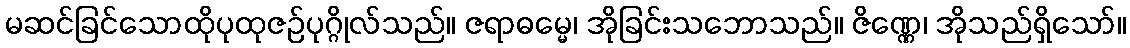
မဆင်ခြင်သောထိုပုထုဇဉ်ပုဂ္ဂိုလ်သည်။ ဇရာဓမ္မေ၊ အိုခြင်းသဘောသည်။ ဇိဏ္ဏေ၊ အိုသည်ရှိသော်။